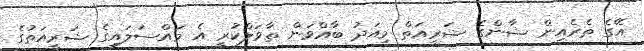
އޭގެ ތެރެއިން ޝާންގެ ޝަރީއަތް މިއަދު ބާއްވަން ތާވަލްކުރީ އެ މައްސަލައިގެ ޝަރީއަތުގެ